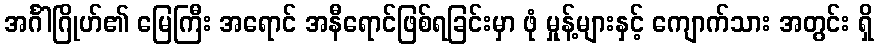
အင်္ဂါဂြိုဟ်၏ မြေကြီး အရောင် အနီရောင်ဖြစ်ရခြင်းမှာ ဖုံ မှုန့်များနှင့် ကျောက်သား အတွင်း ရှိ